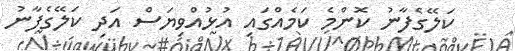
ކަލޭގެފާނު ކޮންމެ ކަމެއްގައި އުޅުއްވިޔަސް އަދި ކަލޭގެފާނު